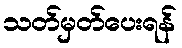
သတ်မှတ်ပေးရန်